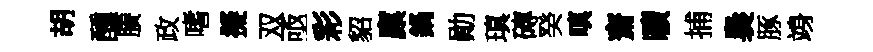
胡醺賸政嗜擬双亟彩貂廪鍋勛瑱磚癸嗔齋曠捕裊䐁竧